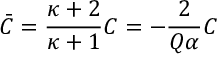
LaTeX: \bar { C } = \frac { \kappa + 2 } { \kappa + 1 } C = - \frac { 2 } { Q \alpha } C